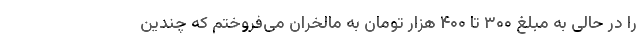
را در حالی به مبلغ ۳۰۰ تا ۴۰۰ هزار تومان به مالخران می‌فروختم که چندین